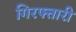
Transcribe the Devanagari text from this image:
गिरफ्तारी